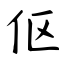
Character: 伛